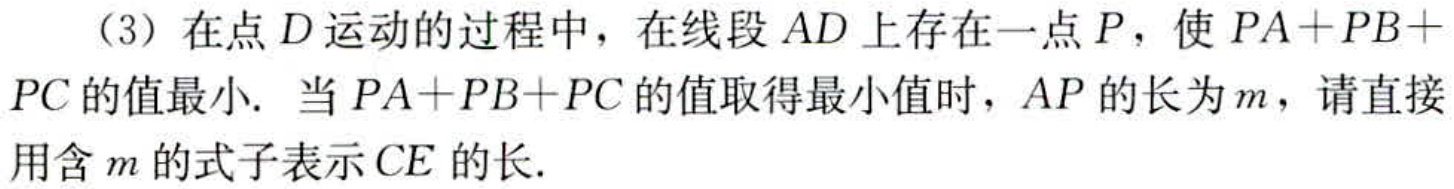
（3）在点\(D\)运动的过程中，在线段\(AD\)上存在一点\(P\)，使\(PA + PB + PC\)的值最小. 当\(PA + PB + PC\)的值取得最小值时，\(AP\)的长为\(m\)，请直接用含\(m\)的式子表示\(CE\)的长.